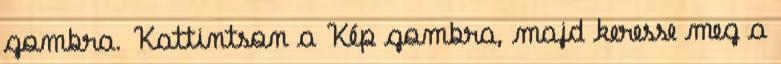
gombra. Kattintson a Kép gombra, majd keresse meg a